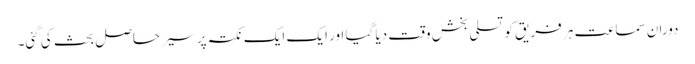
دوران سماعت ہر فریق کو تسلی بخش وقت دیا گیا اور ایک ایک نکتہ پر سیر حاصل بحث کی گئی۔